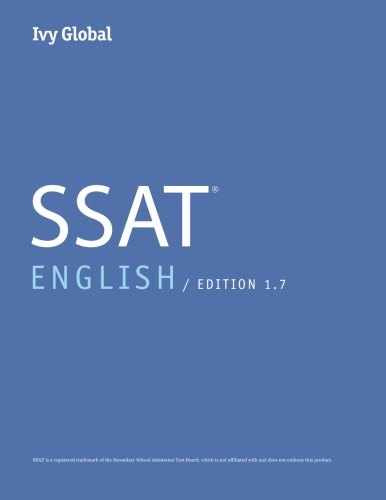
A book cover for Ivy Global SSAT English 2015: Prep Book, 1.7  Edition; Ivy Global; Test Preparation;